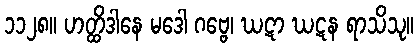
၁၁၂၈။ ဟတ္ထိဒါနေ မဒေါ ဂဗ္ဗေ၊ ဃဋာ ဃဋန ရာသိသု။